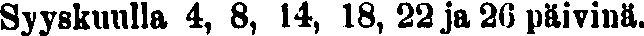
Syyskuulla 4, 8, 14, 18, 22 ja 26 päivinä.